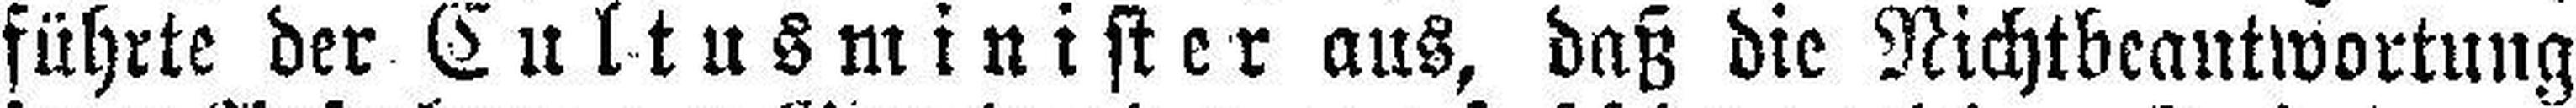
führte der Cultusminister aus, daß die Nichtbeantwortung